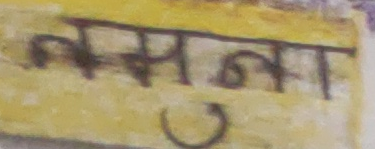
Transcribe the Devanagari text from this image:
नमनना